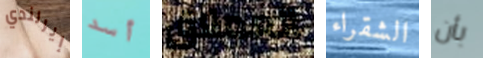
إيرلندي أسد العملاق الشقراء بأن